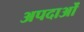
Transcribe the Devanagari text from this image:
अपदाओं